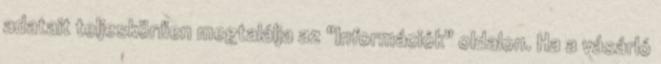
adatait teljeskörűen megtalálja az "Információk" oldalon. Ha a vásárló